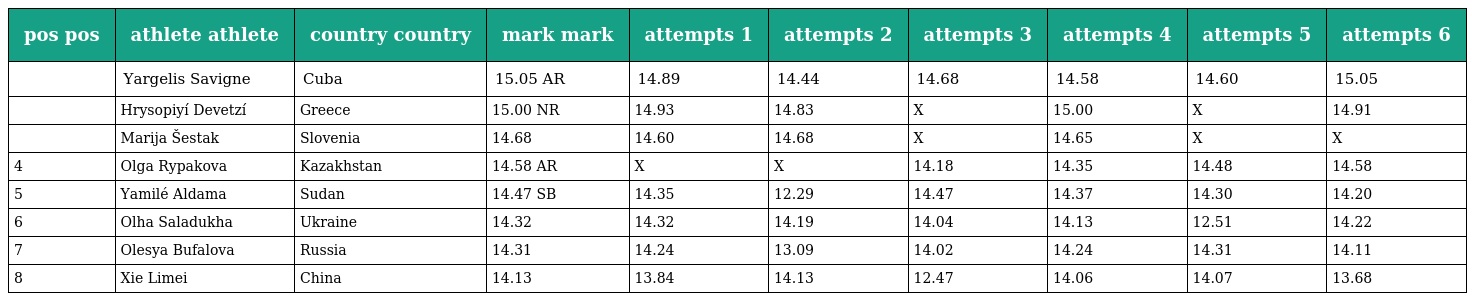
| pos pos | athlete athlete | country country | mark mark | attempts 1 | attempts 2 | attempts 3 | attempts 4 | attempts 5 | attempts 6 |
 | --- | --- | --- | --- | --- | --- | --- | --- | --- | --- |
 |  | Yargelis Savigne | Cuba | 15.05 AR | 14.89 | 14.44 | 14.68 | 14.58 | 14.60 | 15.05 |
 |  | Hrysopiyí Devetzí | Greece | 15.00 NR | 14.93 | 14.83 | X | 15.00 | X | 14.91 |
 |  | Marija Šestak | Slovenia | 14.68 | 14.60 | 14.68 | X | 14.65 | X | X |
 | 4 | Olga Rypakova | Kazakhstan | 14.58 AR | X | X | 14.18 | 14.35 | 14.48 | 14.58 |
 | 5 | Yamilé Aldama | Sudan | 14.47 SB | 14.35 | 12.29 | 14.47 | 14.37 | 14.30 | 14.20 |
 | 6 | Olha Saladukha | Ukraine | 14.32 | 14.32 | 14.19 | 14.04 | 14.13 | 12.51 | 14.22 |
 | 7 | Olesya Bufalova | Russia | 14.31 | 14.24 | 13.09 | 14.02 | 14.24 | 14.31 | 14.11 |
 | 8 | Xie Limei | China | 14.13 | 13.84 | 14.13 | 12.47 | 14.06 | 14.07 | 13.68 |